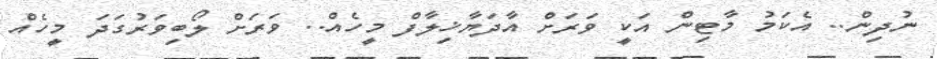
ނުދިން.. އެކަމު މާޓިން އަކީ ވަރަށް އާދަޔާޚިލާފް މީހެއް.. ވަރަށް ލޯބިވަރުގަދަ މީހެއް